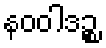
နဝဝါဒဉ္စ